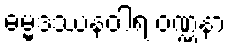
ဓမ္မဒဿနဝါရ ဝဏ္ဏနာ